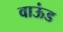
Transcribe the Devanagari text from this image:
वाऊंड